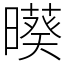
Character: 𣋒